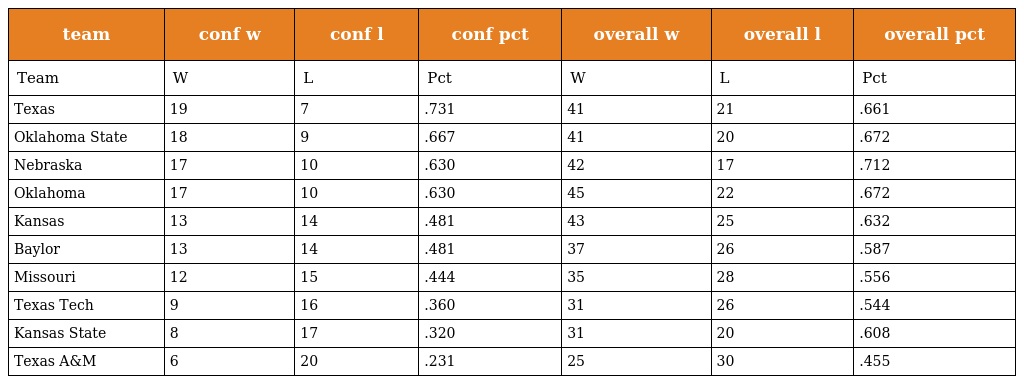
| team | conf w | conf l | conf pct | overall w | overall l | overall pct |
 | --- | --- | --- | --- | --- | --- | --- |
 | Team | W | L | Pct | W | L | Pct |
 | Texas | 19 | 7 | .731 | 41 | 21 | .661 |
 | Oklahoma State | 18 | 9 | .667 | 41 | 20 | .672 |
 | Nebraska | 17 | 10 | .630 | 42 | 17 | .712 |
 | Oklahoma | 17 | 10 | .630 | 45 | 22 | .672 |
 | Kansas | 13 | 14 | .481 | 43 | 25 | .632 |
 | Baylor | 13 | 14 | .481 | 37 | 26 | .587 |
 | Missouri | 12 | 15 | .444 | 35 | 28 | .556 |
 | Texas Tech | 9 | 16 | .360 | 31 | 26 | .544 |
 | Kansas State | 8 | 17 | .320 | 31 | 20 | .608 |
 | Texas A&M | 6 | 20 | .231 | 25 | 30 | .455 |